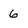
Character: 6